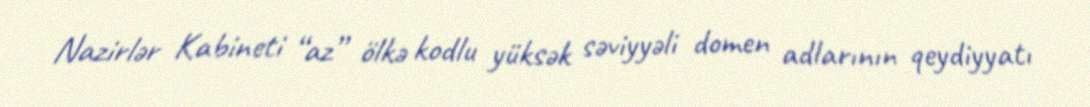
Nazirlər Kabineti “az” ölkə kodlu yüksək səviyyəli domen adlarının qeydiyyatı